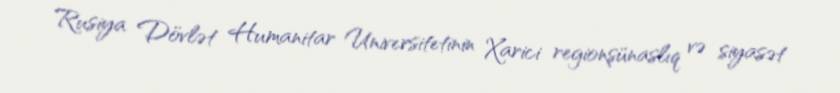
Rusiya Dövlət Humanitar Universitetinin Xarici regionşünaslıq və siyasət